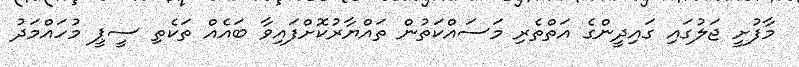
މާފުށީ ޖަލުގައި ގައިދީންގެ އަތްތެރި މަސައްކަތުން ތައްޔާރުކޮށްފައިވާ ބައެއް ތަކެތި ސީޕީ މުހައްމަދު